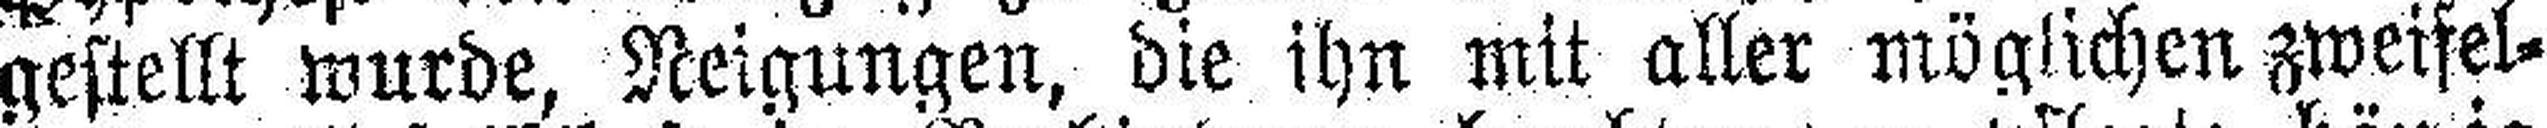
gestellt wurde, Neigungen, die ihn mit aller möglichen zweifel¬